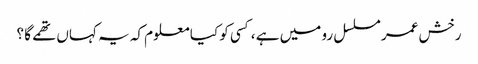
رخش عمر مسلسل رو میں ہے ،کسی کو کیا معلوم کہ یہ کہاں تھمے گا ؟